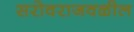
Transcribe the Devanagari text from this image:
सरोवराजवळील